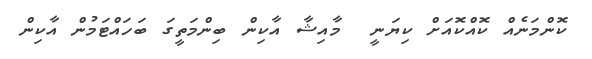
ކޮންމަނެއް ކޮއްކޮއަށް ކިޔަނީ  މާއިޝާ އާކިން ބިންމަތީގަ ބަހައްޓަމުން އާކިން